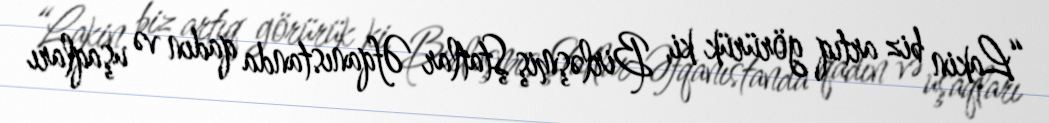
“Lakin biz artıq görürük ki, Birləşmiş Ştatlar Əfqanıstanda qadın və uşaqları